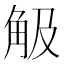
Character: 觙